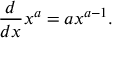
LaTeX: { \frac { d } { d x } } x ^ { a } = a x ^ { a - 1 } .